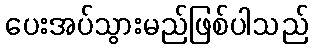
ပေးအပ်သွားမည်ဖြစ်ပါသည်